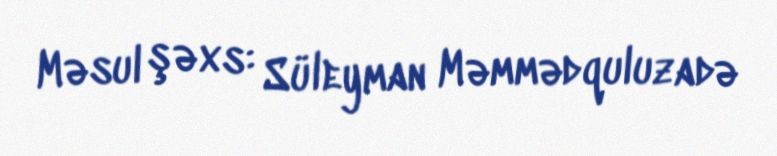
Məsul şəxs: Süleyman Məmmədquluzadə